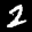
Label: 2